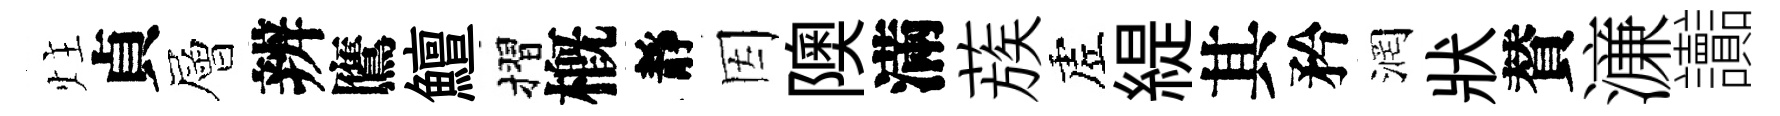
炷貞層辨鷹鱣摺槪靜因隩滿蔟虗緹其矜润狀賛濓讟